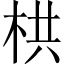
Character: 栱